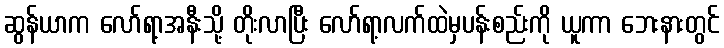
ဆွန်ယာက လော်ရာ့အနီးသို့ တိုးလာပြီး လော်ရာ့လက်ထဲမှပန်းစည်းကို ယူကာ ဘေးနားတွင်